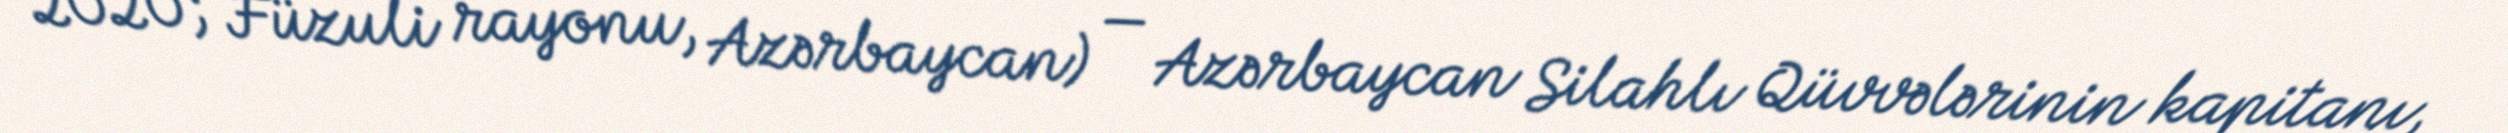
2020; Füzuli rayonu, Azərbaycan) — Azərbaycan Silahlı Qüvvələrinin kapitanı,